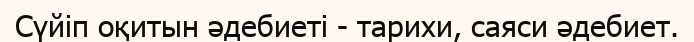
Сүйіп оқитын әдебиеті - тарихи, саяси әдебиет.